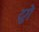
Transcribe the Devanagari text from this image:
दुगे